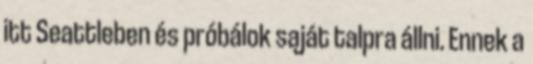
itt Seattleben és próbálok saját talpra állni. Ennek a